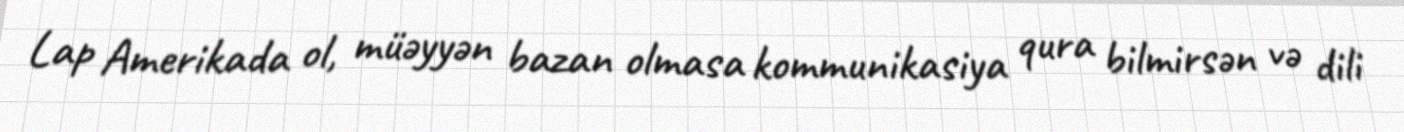
Lap Amerikada ol, müəyyən bazan olmasa kommunikasiya qura bilmirsən və dili